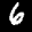
Label: 6